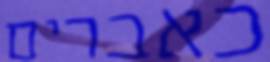
כאברים